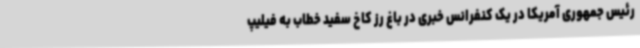
رئیس جمهوری آمریکا در یک کنفرانس خبری در باغ رز کاخ سفید خطاب به فیلیپ